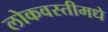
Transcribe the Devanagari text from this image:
लोकवस्तीमधे